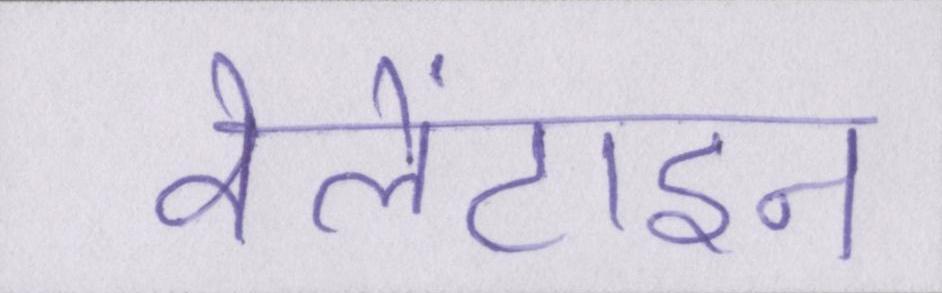
वेलेंटाइन